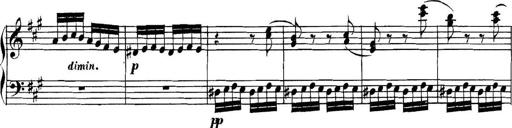
Title: Collected Piano Sonatas
Composer: Muzio Clementi